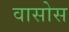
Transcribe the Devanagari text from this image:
वासोस